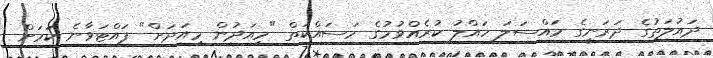
ދައުލަތުގެ ދަރަނީގެ މައްސަލަ ހައްލު ކުރެއްވުމުގެ މަސައްކަތް "މިއަދުން މިއަދަށް" ފައްޓަވާނެ ކަމަށް